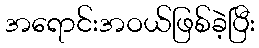
အရောင်းအဝယ်ဖြစ်ခဲ့ပြီး